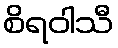
စိရဝါသီ